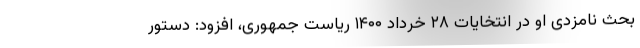
بحث نامزدی او در انتخایات ۲۸ خرداد ۱۴۰۰ ریاست جمهوری، افزود: دستور